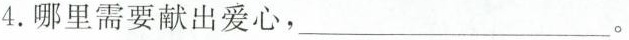
4.哪里需要献出爱心，___。